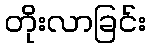
တိုးလာခြင်း